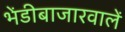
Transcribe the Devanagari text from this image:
भेंडीबाजारवालें